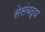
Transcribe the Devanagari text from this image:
सेसंबद्ध